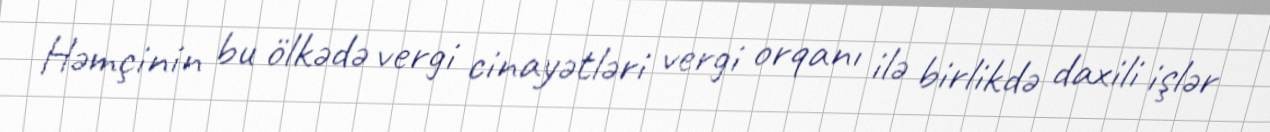
Həmçinin bu ölkədə vergi cinayətləri vergi orqanı ilə birlikdə daxili işlər